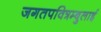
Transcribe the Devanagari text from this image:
जगतपवित्रम्बुलाई